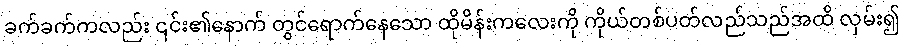
ခက်ခက်ကလည်း ၎င်း၏နောက် တွင်ရောက်နေသော ထိုမိန်းကလေးကို ကိုယ်တစ်ပတ်လည်သည်အထိ လှမ်း၍